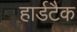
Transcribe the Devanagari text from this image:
हार्डटैक